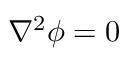
\nabla ^ { 2 } \phi = 0